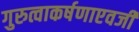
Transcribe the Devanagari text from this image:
गुरुत्वाकर्षणाएवजी